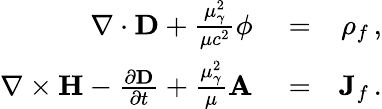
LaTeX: \begin{array}{rlr}{\nabla\cdot{\mathbf D}+\frac{\mu_{\gamma}^{2}}{\mu c^{2}}\phi}&{{}=}&{\rho_{f}\, ,}\\ {\nabla\times{\mathbf H}-\frac{\partial{\mathbf D}}{\partial t}+\frac{\mu_{\gamma}^{2}}{\mu}{\mathbf A}}&{{}=}&{{\mathbf J}_{f}\, .}\end{array}